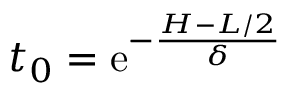
t _ { 0 } = \mathrm { e } ^ { - \frac { H - L / 2 } { \delta } }